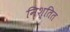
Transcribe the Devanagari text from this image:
निश्तित